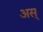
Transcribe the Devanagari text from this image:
अस्‌